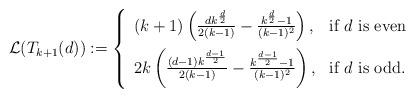
LaTeX: \begin{align*}\mathcal{L}(T_{k+1}(d)) := \left\{\begin{array}{ll}(k+1)\left(\frac{d k^{\frac{d}{2}}}{2(k-1)} - \frac{k^{\frac{d}{2}}-1}{(k-1)^{2}}\right), & \mbox{if $d$ is even} \\ [0.3cm]2k\left(\frac{(d-1) k^{\frac{d-1}{2}}}{2(k-1)} - \frac{k^{\frac{d-1}{2}}-1}{(k-1)^{2}}\right), & \mbox{if $d$ is odd}.\end{array}\right.\end{align*}